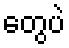
တွေပဲ